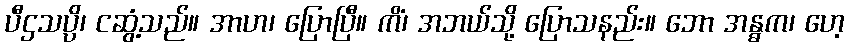
ပီဌသပ္ပိ၊ ငဆွံ့သည်။ အာဟ၊ ပြောပြီ။ ကိံ၊ အဘယ်သို့ ပြောသနည်း။ ဘော အန္ဓက၊ ဟေ့